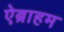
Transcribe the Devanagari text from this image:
ऐब्राहम